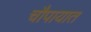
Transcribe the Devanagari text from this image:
चौपायात